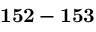
\mathbf { 1 5 2 - 1 5 3 }